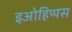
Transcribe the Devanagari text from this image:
इओहिप्पस